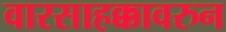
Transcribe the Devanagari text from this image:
वारसाहक्कावरुन